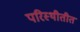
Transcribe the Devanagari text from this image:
परिस्थीतीत